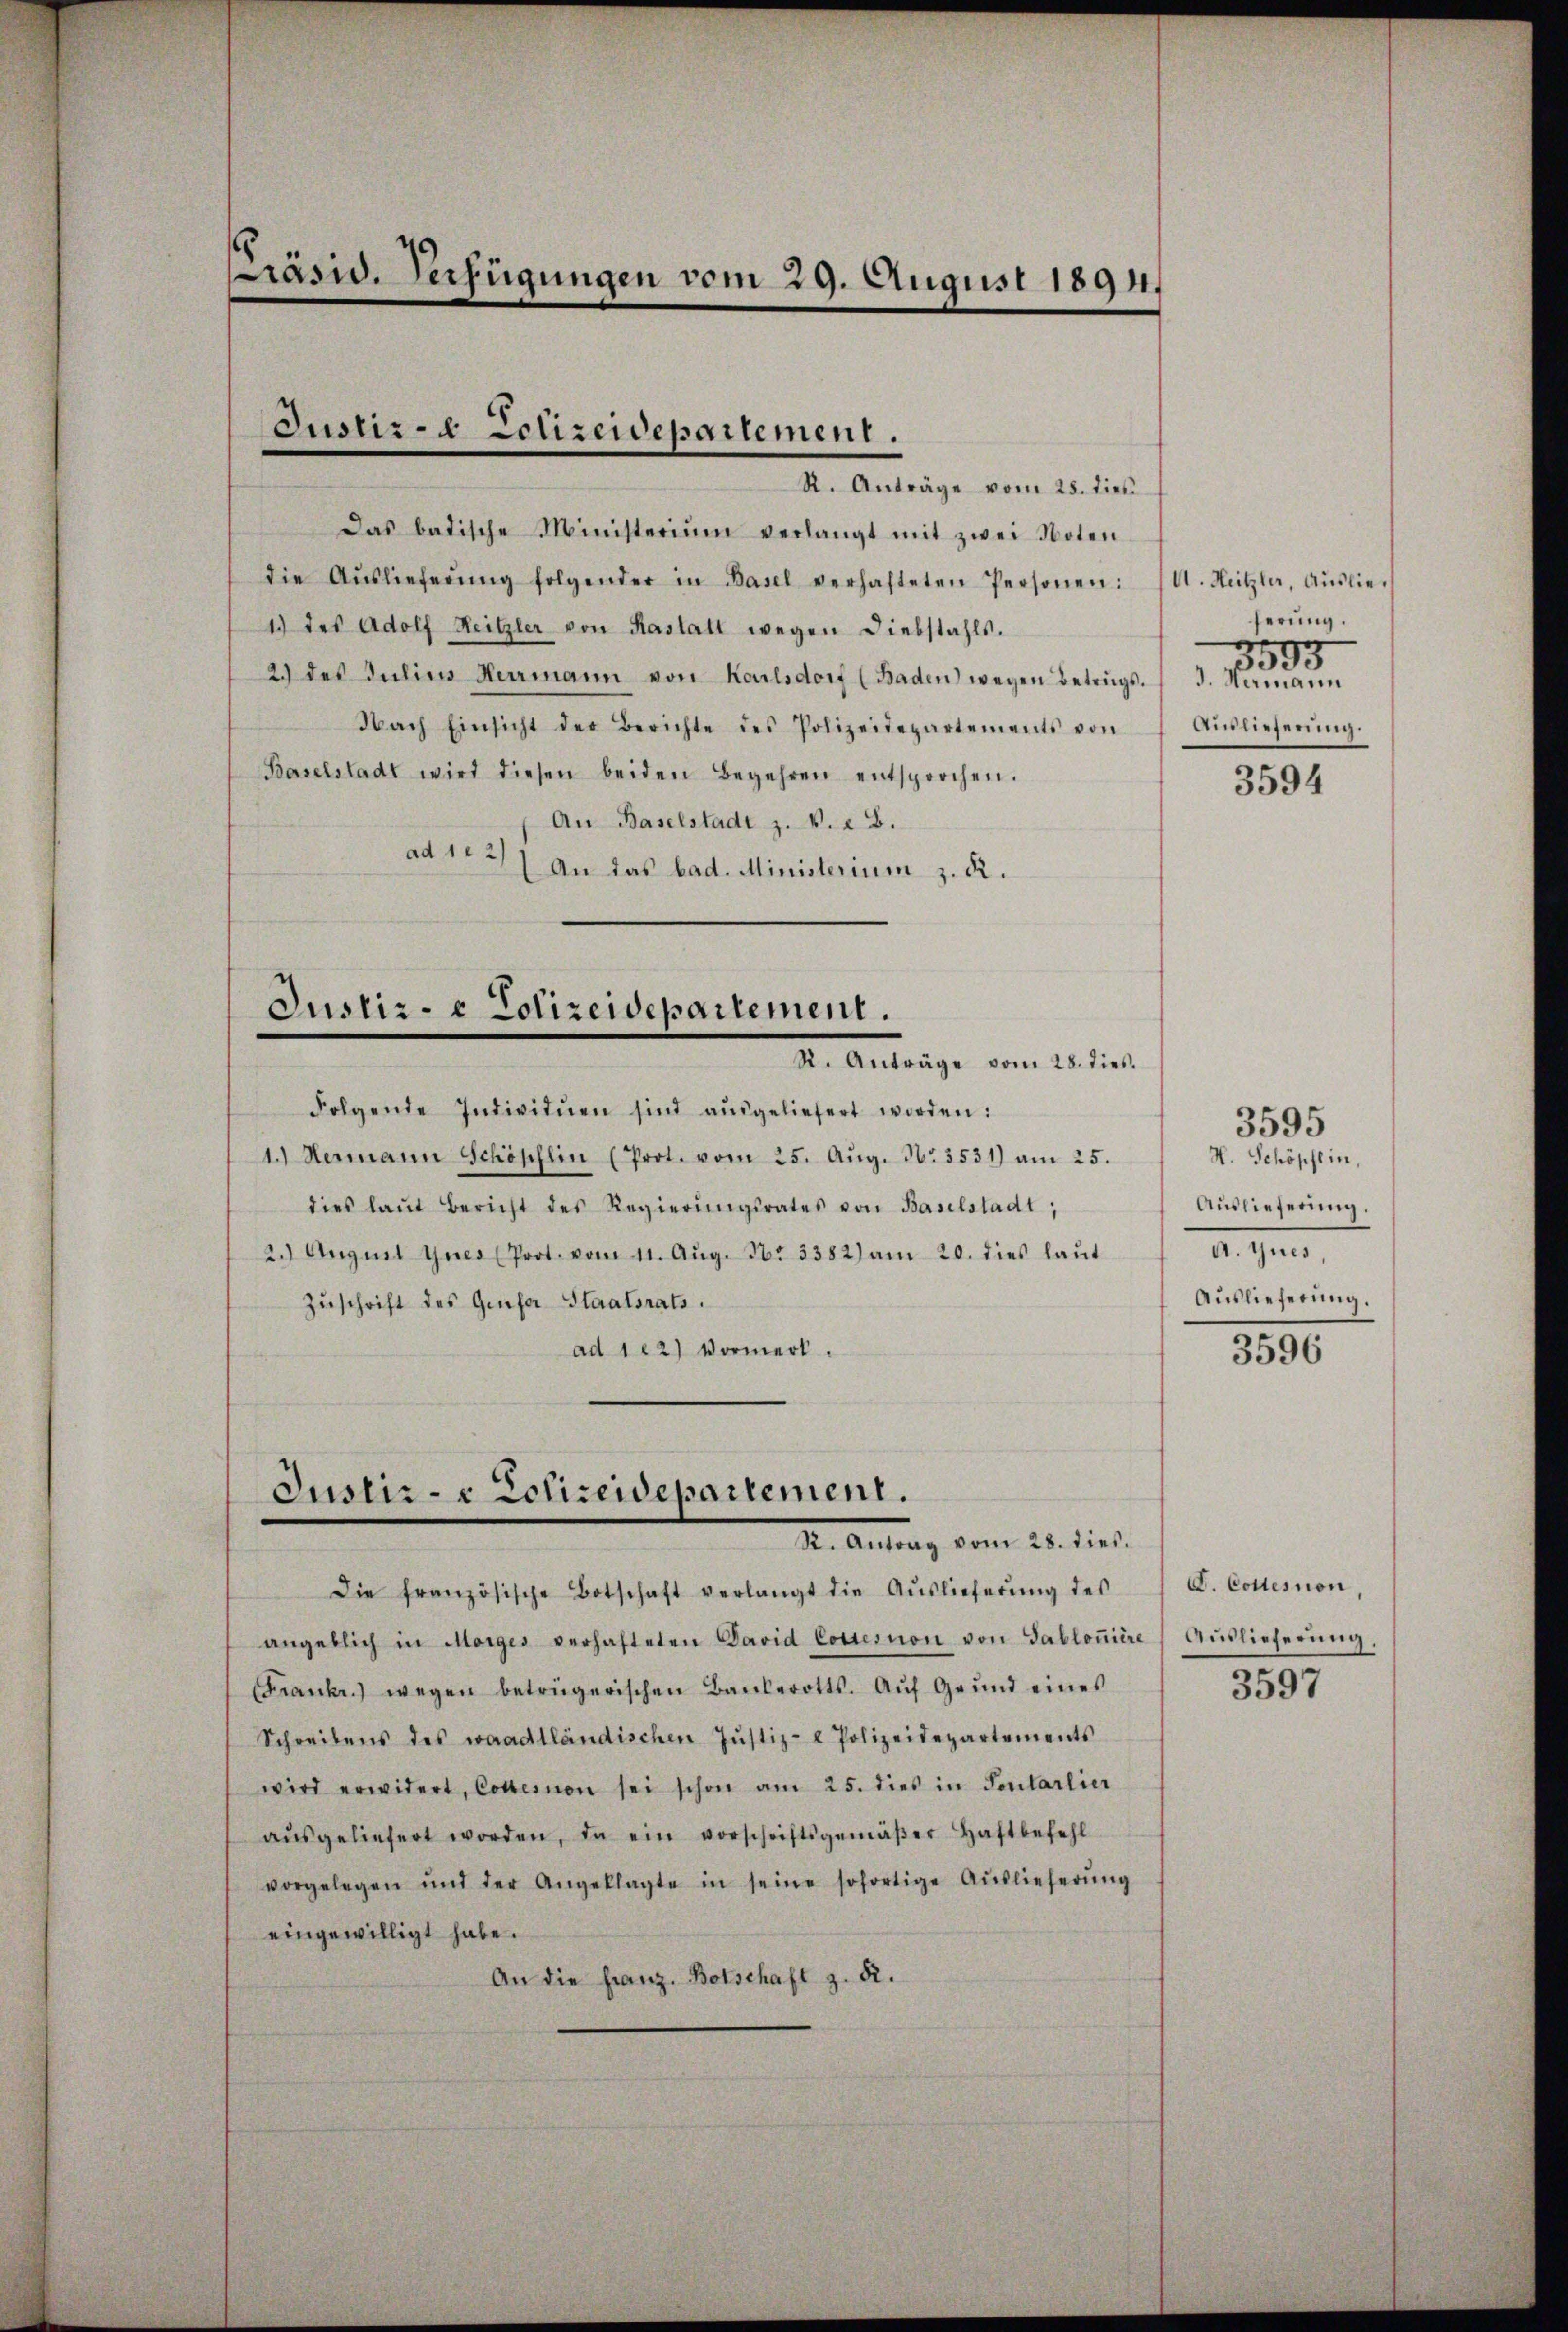
Präsid. Verfügungen vom 29. August 1891.

Justiz- & Polizeidepartement.
R. Anträge vom 25. dien

Das batische Ministerium verlangt mit zwei Noten
die Aŭslieferŭng folgender in Basel verhafteten Personen: A. Heitzler, Auslie¬
1.) des Adolf Heitzler von Kastatt wegen Diebstahls.
2. des Julius Herrmann von Karlsdorf (Baden wegen Betrags. J. Namann
Nach Einsicht der Berichte des Polizeidepartements von
Baselstadt wird diesen beiden Begehren entsprochen.
An Baselstadt z. v. 28.
ad 122)
(An das bad. Ministerium z. R.

Justiz- & Polizeidepartement.
R. Anträge vom 28. dies.

Folgende Indivitŭen sind aŭsgeliefert worden:
1.) Hermann Schöpflin (Prot. vom 25. Aŭg. No. 3531) am 25.
dies laŭt Bericht des Regierŭngsrates von Baselstadt;
2.) August Gnes Prot. vom 11. Aŭg. N. 3382) am 20. dies laŭt
Zŭschrift des Gefa Staatsrats.
ad 122) Vormerk.

Justiz- & Polizeidepartement.
Dr. Antrag vom 21. dies

Die französische Botschaft verlangt die Auslieferung des

angeblich in Morges verhafteten David Cottesion von Gabloniere Aŭslieferŭng.
(Franke.) wegen betrügerischen Bankerotts. Aŭf Grŭnd eines
Schreibens des waadtländischen Justiz- & Polizeidepartements
wird erwidert, Cottesnon sei schon am 25. dies in Senlarlier
aŭsgeliefert worden, da ein vorschriftsgemäβer Haftbefehl
vorgelegen und der Angeklagte in seine sofortige Aŭslieferŭng
eingewilligt habe.
An die franz. Botschaft z. R.

ferung.
t
3995
Auslieferung.

3594

H. Schöpflin,
Auslieferung.
d. Gener,
Auslieferung.

3595

1890

V. Collesnon,

3597